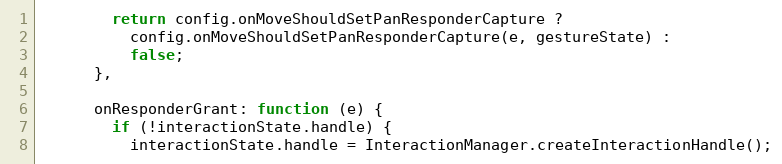
Language: JavaScript
        return config.onMoveShouldSetPanResponderCapture ?
          config.onMoveShouldSetPanResponderCapture(e, gestureState) :
          false;
      },

      onResponderGrant: function (e) {
        if (!interactionState.handle) {
          interactionState.handle = InteractionManager.createInteractionHandle();